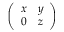
\left( \begin{array} { l l } { x } & { y } \\ { 0 } & { z } \end{array} \right)